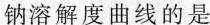
钠溶解度曲线的是